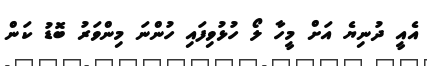
އެއީ ދުނިޔެ އަށް މީހާ ލޯ ހުޅުވިފައި ހުންނަ މިންވަރު ބޮޑު ކަން